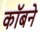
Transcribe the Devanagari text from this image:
कॉबने